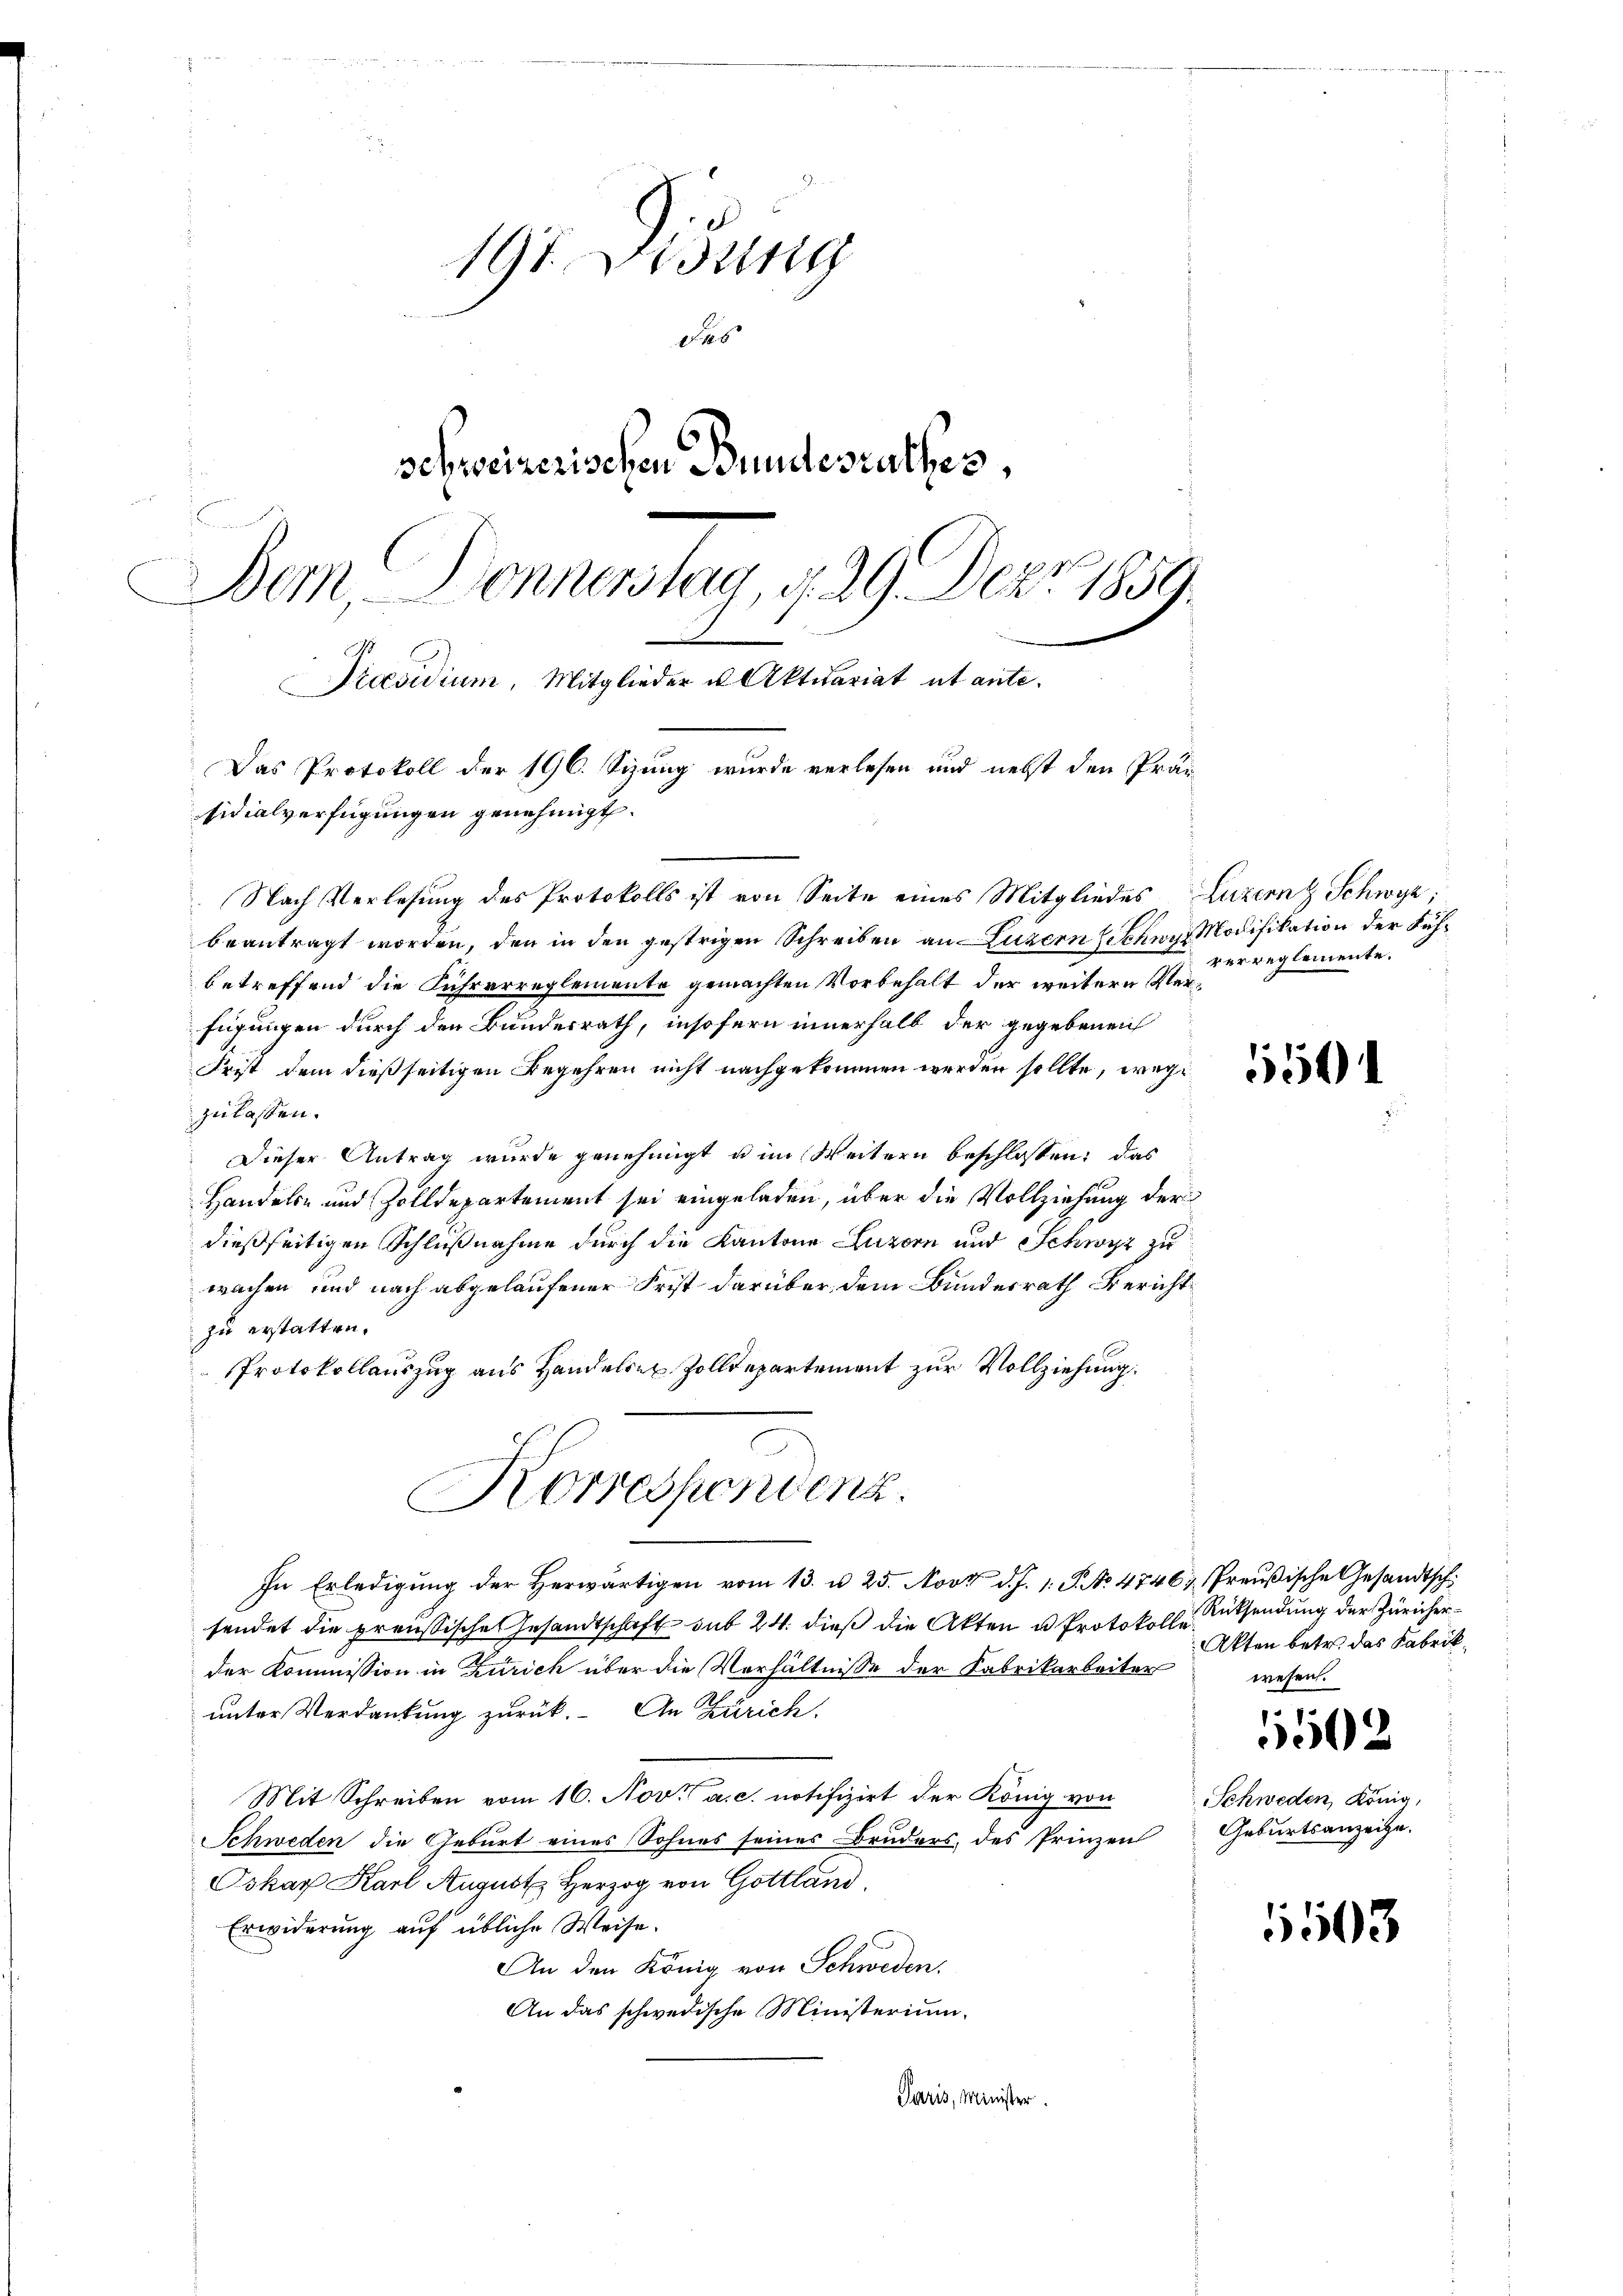
197. Widrig
das
schweizerischen Bundesrathes,
Bern, Donnerstag, d. 29. Dez. 1859.
Praesidium, Mitglieder u Aktuariat ut ante¬
Das Protokoll der 196. Sizung wurde verlesen und nebst den Präsidialverfügungen genehmigt.

Nach Verlesung des Protokolls ist von Seite eines Mitgliedes Luzern Schwyz;
beantragt worden, den in den gestrigen Schreiben an Luzern Schwyz Modifikation der Fühbetreffend die Führerreglemente gemachten Vorbehalt der weitern Verfügungen durch den Bundesrath, insofern innerhalb der gegebenen
Frist dem dießseitigen Begehren nicht nachgekommen werden sollte, wegzulassen.
Dieser Antrag wurde genehmigt u im Weitern beschlossen: das
Handels- und Zolldepartement sei eingeladen, über die Vollziehung der
dießseitigen Schlußnahme durch die Kantone Luzern und Schwyz zu
wachen und nach abgelaufener Frist darüber dem Bundesrath Bericht
zu erstatten.
Protokollauszug aus Handelsen Zolldepartement zur Vollziehung.
In Erledigung der Herwärtigen vom 13. u. 25. Novi d. J. 1. P. No. 4746; Preußische Gesandtsch
sendet die preussische Gesandtschaft sub 24. dieß die Akten u. Protokolle absendung der Züricherder Kommission in Zürich über die Verhältnisse der Fabrikarbeiter
unter Verdankung zurück. An Zürich.
Mit Schreiben vom 16. Nov. a. c. notifizirt der König von
Schweden die Geburt eines Sohnes seines Bruders, des Prinzen
Oskar Karl August Herzog von Gottland
Erwiderung auf übliche Weise.
An den König von Schweden.
An das schwedische Ministerium,
Paris, Minister.

Korrespondenz.

verreglemente.

554

Akten betr. das Fabrikwesen.

52

Schweden, König,
Geburtsanzeige.

1503